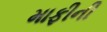
માફીની